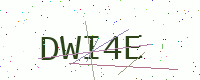
Text: DWI4E